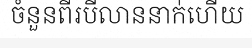
ចំនួនពីរបីលាននាក់ហើយ